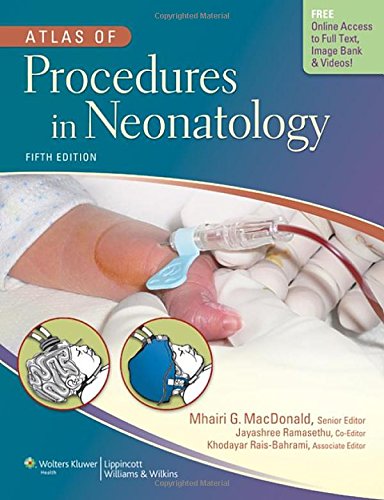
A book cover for Atlas of Procedures in Neonatology; Medical Books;